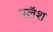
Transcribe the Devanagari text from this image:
पलॅश